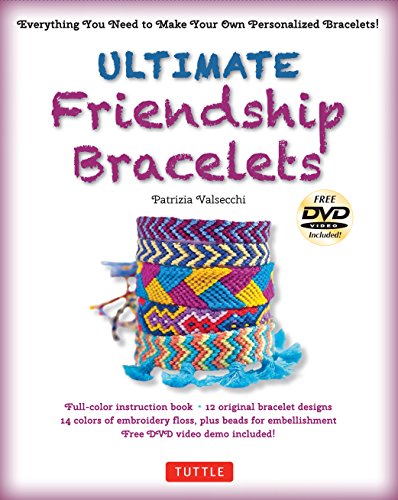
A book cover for Ultimate Friendship Bracelets Kit: (DVD; 64 page Color Book; 14 Skeins of embroidery floss; 25 beads); Patrizia Valsecchi; Crafts, Hobbies & Home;